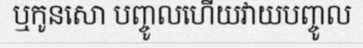
ឬកូនសោ បញ្ចូលហើយវាយបញ្ចូល